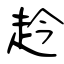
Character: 赺